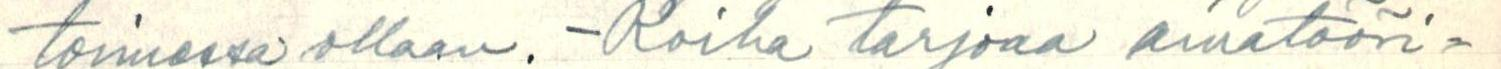
toimessa ollaan. - Roiha tarjoaa amatööri-